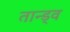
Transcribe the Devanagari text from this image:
तान्ड्व